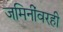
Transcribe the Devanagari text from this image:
जमिनींवरही